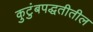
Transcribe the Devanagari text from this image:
कुटुंबपद्धतीतील